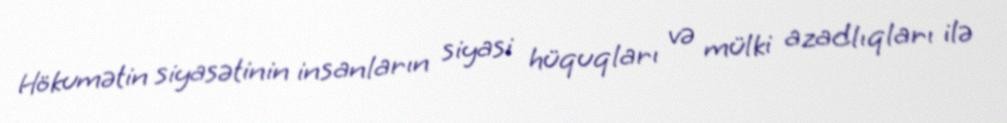
Hökumətin siyasətinin insanların siyasi hüquqları və mülki azadlıqları ilə